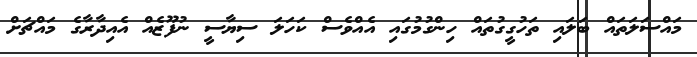
މައްސަލަތައް ބަލައި ތަހުގީގުތައް ހިންގުމުގައި އެއްވެސް ކަހަލަ ސިޔާސީ ނުފޫޒެއް އެއިދާރާގެ މައްޗަށް